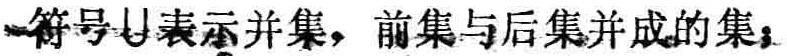
符号$\cup$表示并集，前集与后集并成的集；